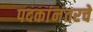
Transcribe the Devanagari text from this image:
पदकांनंतरचे